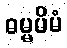
ဓမ္မမိမံ